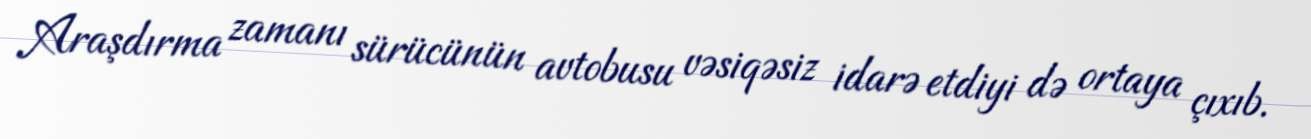
Araşdırma zamanı sürücünün avtobusu vəsiqəsiz idarə etdiyi də ortaya çıxıb.